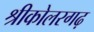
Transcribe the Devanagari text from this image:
श्रीकोलरगढ़